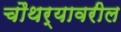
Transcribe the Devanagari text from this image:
चौथर्यावरील